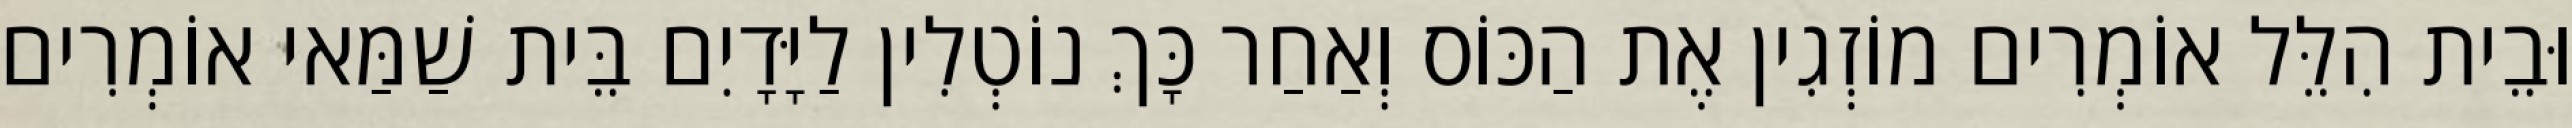
וּבֵית הִלֵּל אוֹמְרִים מוֹזְגִין אֶת הַכּוֹס וְאַחַר כָּךְ נוֹטְלִין לַיָּדָיִם בֵּית שַׁמַּאי אוֹמְרִים